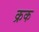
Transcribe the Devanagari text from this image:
क्रक